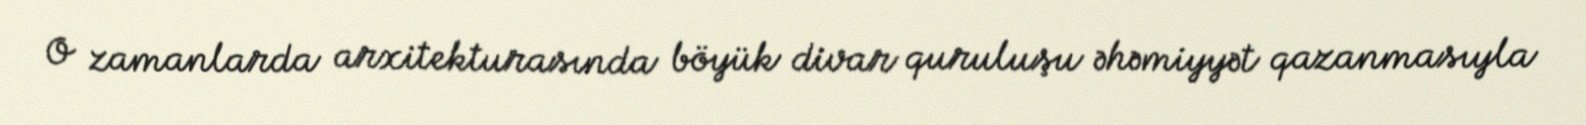
O zamanlarda arxitekturasında böyük divar quruluşu əhəmiyyət qazanmasıyla